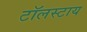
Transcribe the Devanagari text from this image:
टॉलस्टाय